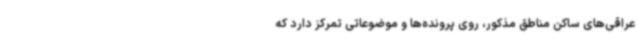
عراقی‌های ساکن مناطق مذکور، روی پرونده‌ها و موضوعاتی تمرکز دارد که